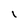
Character: I